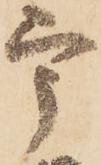
宇